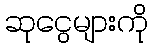
ဆုငွေများကို